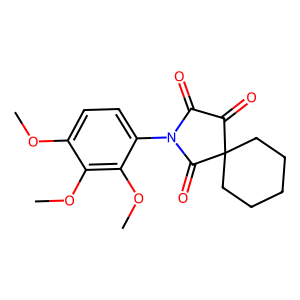
SMILES: COc1ccc(N2C(=O)C(=O)C3(CCCCC3)C2=O)c(OC)c1OC
Inhibits HIV replication: No